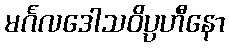
မင်္ဂလဒေါသဝိပ္ပဟီနော